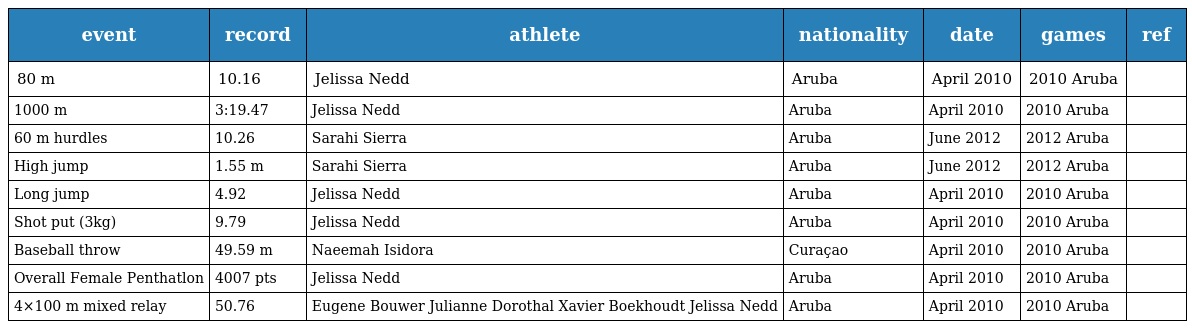
| event | record | athlete | nationality | date | games | ref |
 | --- | --- | --- | --- | --- | --- | --- |
 | 80 m | 10.16 | Jelissa Nedd | Aruba | April 2010 | 2010 Aruba |  |
 | 1000 m | 3:19.47 | Jelissa Nedd | Aruba | April 2010 | 2010 Aruba |  |
 | 60 m hurdles | 10.26 | Sarahi Sierra | Aruba | June 2012 | 2012 Aruba |  |
 | High jump | 1.55 m | Sarahi Sierra | Aruba | June 2012 | 2012 Aruba |  |
 | Long jump | 4.92 | Jelissa Nedd | Aruba | April 2010 | 2010 Aruba |  |
 | Shot put (3kg) | 9.79 | Jelissa Nedd | Aruba | April 2010 | 2010 Aruba |  |
 | Baseball throw | 49.59 m | Naeemah Isidora | Curaçao | April 2010 | 2010 Aruba |  |
 | Overall Female Penthatlon | 4007 pts | Jelissa Nedd | Aruba | April 2010 | 2010 Aruba |  |
 | 4×100 m mixed relay | 50.76 | Eugene Bouwer Julianne Dorothal Xavier Boekhoudt Jelissa Nedd | Aruba | April 2010 | 2010 Aruba |  |